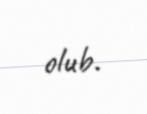
olub.